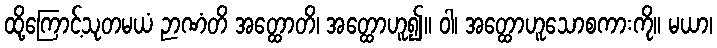
ထို့ကြောင့်သုတမယံ ဉာဏံတိ အတ္ထောတိ၊ အတ္ထောဟူ၍။ ဝါ၊ အတ္ထောဟူသောစကားကို။ မယာ၊